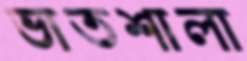
ভাতশালা